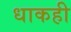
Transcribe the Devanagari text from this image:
धाकही